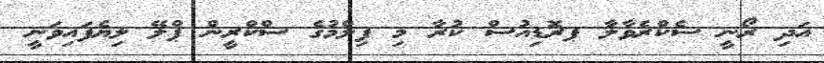
އަދި ރޯނީ ސެކްރެވާލާ ޕރޮޑިއުސް ކުރާ މި ފިލްމުގެ ސްކްރީން ޕްލޭ ލިޔެފައިވަނީ